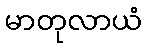
မာတုလာယံ